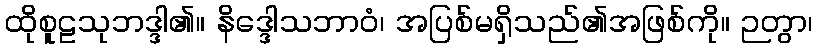
ထိုစူဠသုဘဒ္ဒါ၏။ နိဒ္ဒေါသဘာဝံ၊ အပြစ်မရှိသည်၏အဖြစ်ကို။ ဉတွာ၊